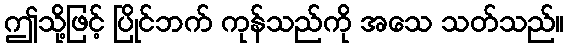
ဤသို့ဖြင့် ပြိုင်ဘက် ကုန်သည်ကို အသေ သတ်သည်။